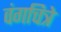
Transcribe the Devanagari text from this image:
वंगचित्रे